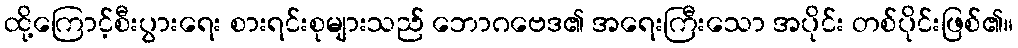
ထို့ကြောင့်စီးပွားရေး စားရင်းစုများသည် ဘောဂဗေဒ၏ အရေးကြီးသော အပိုင်း တစ်ပိုင်းဖြစ်၏။